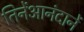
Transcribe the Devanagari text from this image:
तिनेंआनंदानें